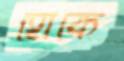
হোকে